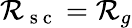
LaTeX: \mathcal{R}_{\mathrm{{~s~c~}}}=\mathcal{R}_{g}